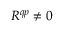
R ^ { q p } \ne 0